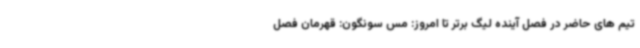
تیم های حاضر در فصل آینده لیگ برتر تا امروز: مس سونگون: قهرمان فصل